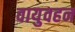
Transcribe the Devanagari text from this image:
वायुवहन